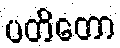
ပတိတော